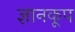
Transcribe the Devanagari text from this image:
ज्ञानकूप